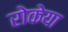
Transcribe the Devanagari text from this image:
रोकेया